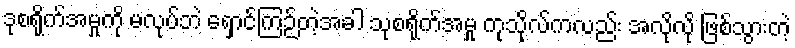
ဒုစရိုက်အမှုကို မလုပ်ဘဲ ရှောင်ကြဉ်တဲ့အခါ သုစရိုက်အမှု ကုသိုလ်ကလည်း အလိုလို ဖြစ်သွားတဲ့